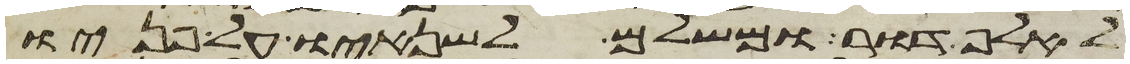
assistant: לאלף דור ומשלם לשנאיו על פניו